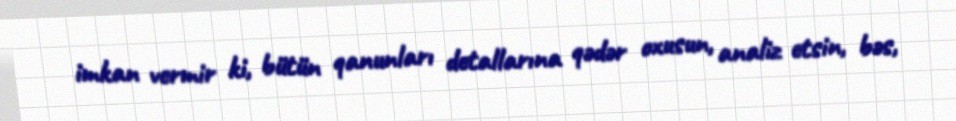
imkan vermir ki, bütün qanunları detallarına qədər oxusun, analiz etsin, bəs,